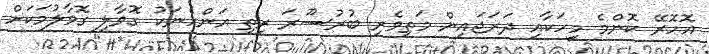
އޮހޮރޭ ކޮންމެ މީހަކާއި ދަރަޖައިން މަތިވެރި ބުރުސޫރަ ރީތި އަންހެނަކު ގޮވާލި ގޮވާލުމަކަށް